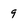
Character: 9